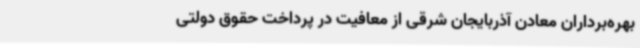
بهره‌برداران معادن آذربایجان شرقی از معافیت در پرداخت حقوق دولتی